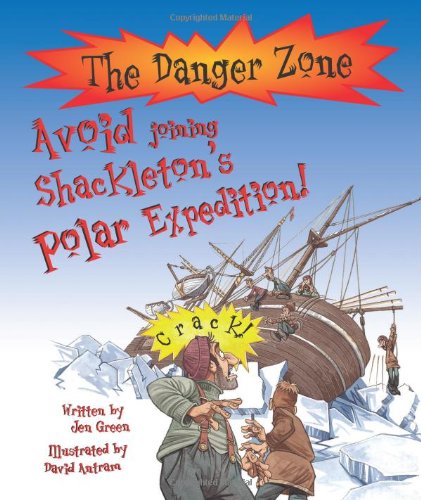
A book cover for Avoid Joining Shackleton's Polar Expedition! (Danger Zone); Jen Green; Children's Books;